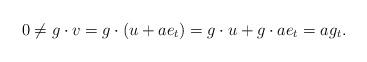
LaTeX: \begin{align*} 0\ne g\cdot v = g\cdot (u+ae_t) = g\cdot u+g\cdot ae_t = ag_t.\end{align*}